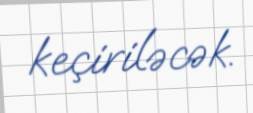
keçiriləcək.